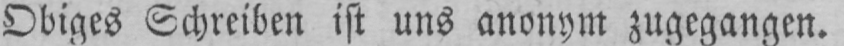
Obiges Schreiben ist uns anonym zugegangen.